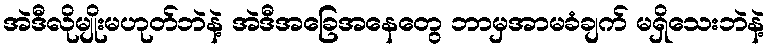
အဲဒီလိုမျိုးမဟုတ်ဘဲနဲ့ အဲဒီအခြေအနေတွေ ဘာမှအာမခံချက် မရှိသေးဘဲနဲ့